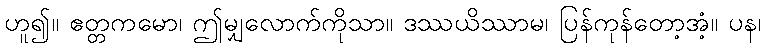
ဟူ၍။ ဧတ္တကမော၊ ဤမျှလောက်ကိုသာ။ ဒဿယိဿာမ၊ ပြန်ကုန်တော့အံ့။ ပန၊